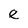
Character: e